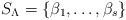
LaTeX: \begin{align*}S_\Lambda = \{ \beta_1,\ldots, \beta_s\}\/\end{align*}